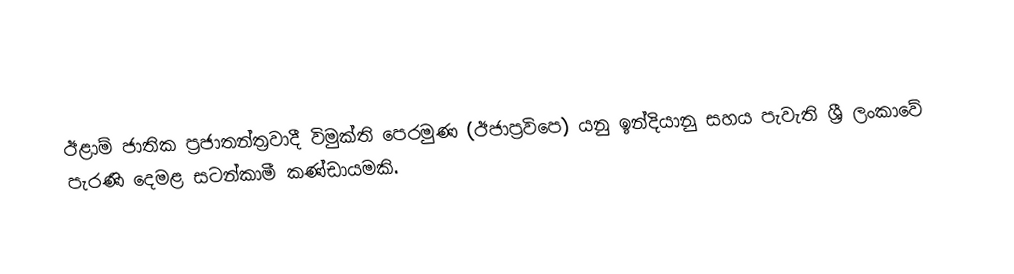
ඊළාම් ජාතික ප්‍රජාතන්ත්‍රවාදී විමුක්ති පෙරමුණ (ඊජාප්‍රවිපෙ) යනු ඉන්දියානු සහය පැවැති ශ්‍රී ලංකාවේ පැරණි  දෙමළ සටන්කාමී කණ්ඩායමකි.